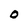
Character: O